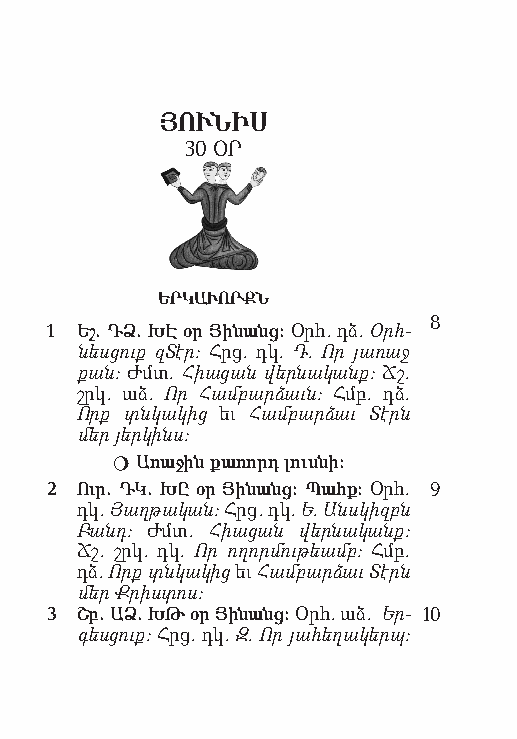
ՅՈՒՆԻՍ
 30 ՕՐ
 ԵՐԿԱՒՈՐՔՆ
 8
 1 Եշ. ԴՁ. ԽԷ օր Յի նանց: Օրհ. դձ. Օրհ­
 նեսց ուք զՏ էր: Հրց. դկ. Դ. Որ յառ աջ
 քան: Ժմտ. Հիա ցան վերն ա կանք: Ճշ.
 շրկ. աձ. Որ Համբ արձ աւն: Հմբ. դձ.
 Որք տնկա կից եւ Համ բարձ աւ Տէրն
 մեր յեր կինս:
  Ա ռա ջին քա ռորդ լուս նի:
 2 Ուր. ԴԿ. ԽԸ օր Յին անց: Պահք: Օրհ. 9
 դկ. Յաղ թակ ան: Հրց. դկ. Ե. Անս կիզբն
 Բանդ: Ժմտ. Հիա ցան վերն ա կանք:
 Ճշ. շրկ. դկ. Որ ող որմ ու թեամբ: Հմբ.
 դձ. Որք տնկակ ից եւ Համ բարձ աւ Տէրն
 մեր Ք րիստ ոս:
 3 Շբ. ԱՁ. ԽԹ օր Յի նանց: Օրհ. աձ. Եր­ 10
 գեսց ուք: Հրց. դկ. Զ. Որ յահ ե ղակ երպ: